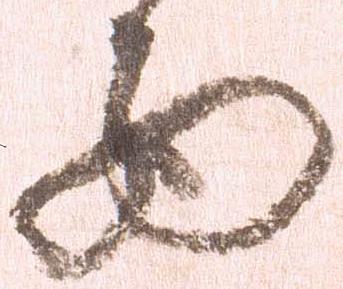
西